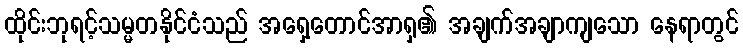
ထိုင်းဘုရင့်သမ္မတနိုင်ငံသည် အရှေ့တောင်အာရှ၏ အချက်အချာကျသော နေရာတွင်